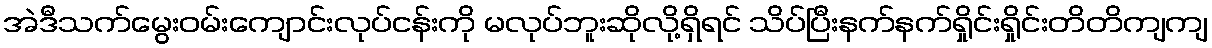
အဲဒီသက်မွေးဝမ်းကျောင်းလုပ်ငန်းကို မလုပ်ဘူးဆိုလို့ရှိရင် သိပ်ပြီးနက်နက်ရှိုင်းရှိုင်းတိတိကျကျ